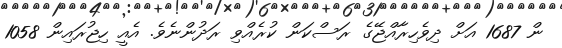
ން 1687 އަށް ދިވެހިރާއްޖޭގެ ރަސްކަން ކުރެއްވި ރަދުންނެވެ. އެއީ ހިޖުރައިން 1058